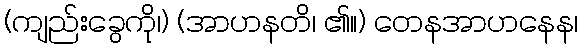
(ကျည်းခွေကို၊) (အာဟနတိ၊ ၏။) တေနအာဟနေန၊